system: You are a helpful assistant.
user:
Analyze the provided spectrum to determine if it is a **M-type Giant (gM)**.

A M-type Giant spectrum is defined by its **strong molecular absorption** features, particularly from **Titanium Oxide (TiO)**. You must check for one of the following mutually exclusive signatures:

- **Key Visual Indicators (Absorption-Dominated Spectrum):**

    - **(Primary):** The spectrum is dominated by strong molecular absorption from **Titanium Oxide (TiO)**. This is the **defining feature** of its M-type temperature class.
        - **(Key Bandheads):** Look for sharp, "saw-tooth" absorption valleys. The strongest are located near **~7050 Å**, **~6160 Å**, and **~5170 Å**.
        - **(Line Profile):** The "saw-tooth" morphology is critical: a **sharp, steep drop on the BLUE (short-wavelength) side** of the bandhead, followed by a gradual recovery (rising flux) towards the RED (long-wavelength) side.

    - **(Key Confirmation - Giant vs. Dwarf):** **ABSENCE** of strong **Calcium Hydride (CaH)** molecular bands. This is the primary diagnostic for *excluding* M-dwarfs.
        - **(Key Region):** The spectrum should lack the strong, broad absorption band seen in dwarfs between **~6800 Å and ~7000 Å**.

    - **(Secondary Confirmation - Giant):** A very strong and broad **Neutral Calcium (Ca I)** atomic absorption line.
        - **(Key Line):** Located at **~4226 Å**. In a giant (gM), this line is significantly deeper and broader than the same line in an M-dwarf (dM) due to low surface gravity.

    - **(Overall Spectrum):**
        - The continuum is **extremely red-sloping** (i.e., flux is very low in the blue and rises dramatically towards the red).
        - The entire spectrum appears "chopped up" by the deep TiO bands.

Think first, call **spectral_visualization_tool** if needed to examine features in detail, then provide your final answer. Your response must adhere to the following strict rules:
1.  **Overall Structure:** Your response must follow the format `<think>...</think> <tool_call>...</tool_call> (if a tool is used) <answer>...</answer>`.
2.  **Tool Usage Constraint:** You may only make **one** tool call per turn.
3.  **Final Answer Format:** In the `<answer>` tag, your conclusion must be inside a `\boxed{}` command (e.g., `\boxed{YES}` or `\boxed{NO}`), followed by your justification.

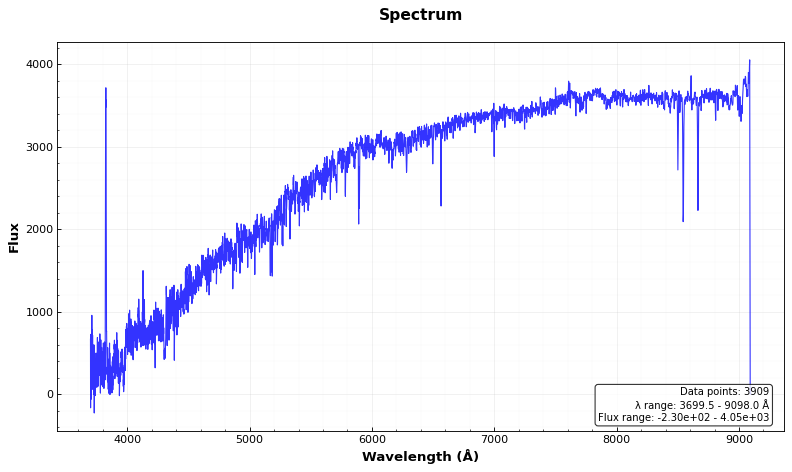
Answer: NO